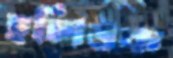
হলিউক